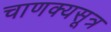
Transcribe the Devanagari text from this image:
चाणक्यसूत्र